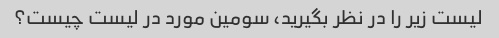
لیست زیر را در نظر بگیرید، سومین مورد در لیست چیست؟